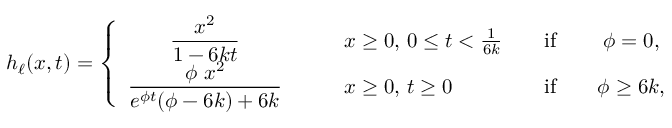
h _ { \ell } ( x , t ) = \left\{ \begin{array} { c l c c } { \displaystyle \frac { x ^ { 2 } } { 1 - 6 k t } } & { \qquad x \geq 0 , \, 0 \leq t < \frac { 1 } { 6 k } } & { \quad \mathrm { i f } \quad } & { \phi = 0 , } \\ { \displaystyle \frac { \phi \ x ^ { 2 } } { e ^ { \phi t } ( \phi - 6 k ) + 6 k } } & { \qquad x \geq 0 , \, t \geq 0 } & { \quad \mathrm { i f } \quad } & { \phi \geq 6 k , } \end{array} \right.